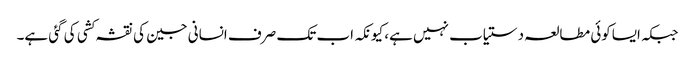
جبکہ ایساکوئی مطالعہ دستیاب نہیں ہے، کیونکہ اب تک صرف انسانی جین کی نقشہ کشی کی گئی ہے۔